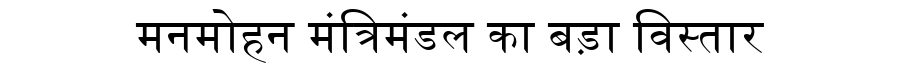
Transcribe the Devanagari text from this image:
मनमोहन मंत्रिमंडल का बड़ा विस्तार